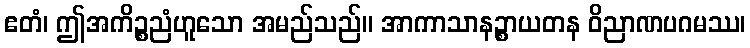
ဧတံ၊ ဤအကိဉ္စညံဟူသော အမည်သည်။ အာကာသာနဉ္စာယတန ဝိညာဏပဂမဿ၊